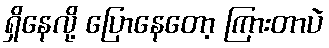
ရှိနေလို့ ပြောနေတော့ ကြားတာပဲ